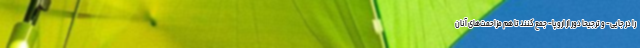
را در جایی- و ترجیحاً دور از اروپا- جمع کنند تا هم مزاحمت‌های آنان